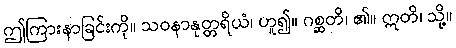
ဤကြားနာခြင်းကို။ သဝနာနုတ္တရိယံ၊ ဟူ၍။ ဂစ္ဆတိ၊ ၏။ ဣတိ၊ သို့။